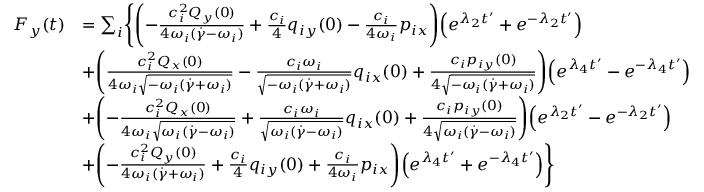
\begin{array} { r l } { F _ { y } ( t ) } & { = \sum _ { i } \Biggl \{ \Biggl ( - \frac { c _ { i } ^ { 2 } Q _ { y } ( 0 ) } { 4 \omega _ { i } ( \dot { \gamma } - \omega _ { i } ) } + \frac { c _ { i } } { 4 } q _ { i y } ( 0 ) - \frac { c _ { i } } { 4 \omega _ { i } } p _ { i x } \Biggr ) \Bigl ( e ^ { \lambda _ { 2 } t ^ { \prime } } + e ^ { - \lambda _ { 2 } t ^ { \prime } } \Bigr ) } \\ & { + \Biggl ( \frac { c _ { i } ^ { 2 } Q _ { x } ( 0 ) } { 4 \omega _ { i } \sqrt { - \omega _ { i } ( \dot { \gamma } + \omega _ { i } ) } } - \frac { c _ { i } \omega _ { i } } { \sqrt { - \omega _ { i } ( \dot { \gamma } + \omega _ { i } ) } } q _ { i x } ( 0 ) + \frac { c _ { i } p _ { i y } ( 0 ) } { 4 \sqrt { - \omega _ { i } ( \dot { \gamma } + \omega _ { i } ) } } \Biggr ) \Bigl ( e ^ { \lambda _ { 4 } t ^ { \prime } } - e ^ { - \lambda _ { 4 } t ^ { \prime } } \Bigr ) } \\ & { + \Biggl ( - \frac { c _ { i } ^ { 2 } Q _ { x } ( 0 ) } { 4 \omega _ { i } \sqrt { \omega _ { i } ( \dot { \gamma } - \omega _ { i } ) } } + \frac { c _ { i } \omega _ { i } } { \sqrt { \omega _ { i } ( \dot { \gamma } - \omega _ { i } ) } } q _ { i x } ( 0 ) + \frac { c _ { i } p _ { i y } ( 0 ) } { 4 \sqrt { \omega _ { i } ( \dot { \gamma } - \omega _ { i } ) } } \Biggr ) \Bigl ( e ^ { \lambda _ { 2 } t ^ { \prime } } - e ^ { - \lambda _ { 2 } t ^ { \prime } } \Bigr ) } \\ & { + \Biggl ( - \frac { c _ { i } ^ { 2 } Q _ { y } ( 0 ) } { 4 \omega _ { i } ( \dot { \gamma } + \omega _ { i } ) } + \frac { c _ { i } } { 4 } q _ { i y } ( 0 ) + \frac { c _ { i } } { 4 \omega _ { i } } p _ { i x } \Biggr ) \Bigl ( e ^ { \lambda _ { 4 } t ^ { \prime } } + e ^ { - \lambda _ { 4 } t ^ { \prime } } \Bigr ) \Biggr \} } \end{array}